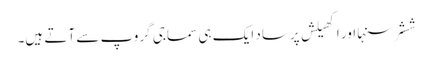
ششر سنہا اور اکھیلش پرساد ایک ہی سماجی گروپ سے آتے ہیں۔